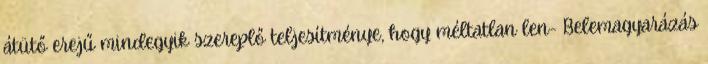
átütő erejű mindegyik szereplő teljesítménye, hogy méltatlan len- Belemagyarázás